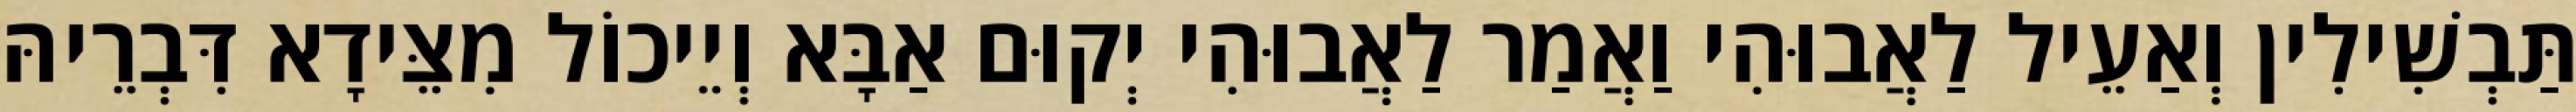
תַּבְשִׁילִין וְאַעֵיל לַאֲבוּהִי וַאֲמַר לַאֲבוּהִי יְקוּם אַבָּא וְיֵיכוֹל מִצֵּידָא דִּבְרֵיהּ